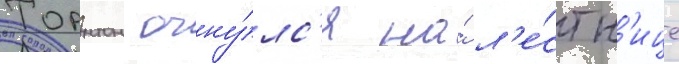
Торнтон очну́лс'я на́ л'е́стн'ице